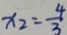
x _ { 2 } = \frac { 4 } { 3 }